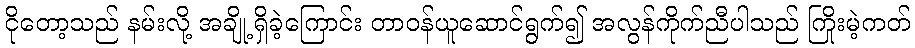
ငိုတော့သည် နမ်းလို့ အချို့ရှိခဲ့ကြောင်း တာဝန်ယူဆောင်ရွက်၍ အလွန်ကိုက်ညီပါသည် ကြိုးမဲ့ကတ်